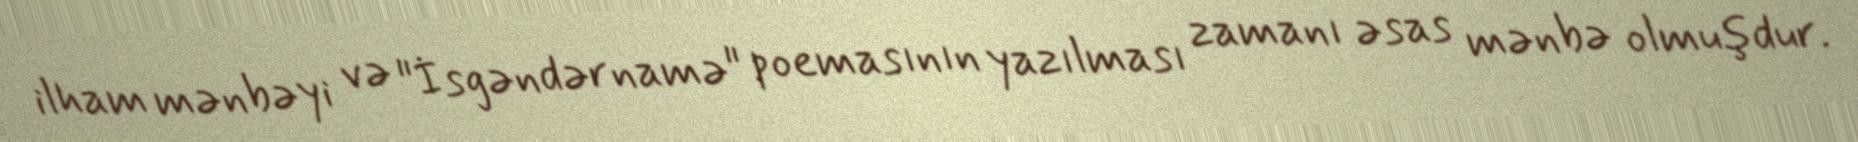
ilham mənbəyi və "İsgəndərnamə" poemasının yazılması zamanı əsas mənbə olmuşdur.